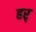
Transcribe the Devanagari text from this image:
हर्